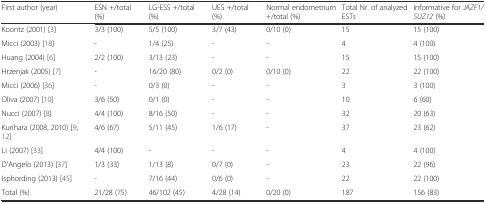
| First author (year) | ESN +/total (%) | LG-ESS +/total (%) | UES +/total (%) | Normal endometrium +/total (%) | Total Nr. of analyzed ESTs | Informative for JAZF1/SUZ12 (%) |
 | --- | --- | --- | --- | --- | --- | --- |
 | Koontz (2001) [3] | 3/3 (100) | 5/5 (100) | 3/7 (43) | 0/10 (0) | 15 | 15 (100) |
 | Micci (2003) [18] | - | 1/4 (25) | - | - | 4 | 4 (100) |
 | Huang (2004) [6] | 2/2 (100) | 3/13 (23) | - | - | 15 | 15 (100) |
 | Hrzenjak (2005) [7] | - | 16/20 (80) | 0/2 (0) | 0/10 (0) | 22 | 22 (100) |
 | Micci (2006) [36] | - | 0/3 (0) | - | - | 3 | 3 (100) |
 | Oliva (2007) [10] | 3/6 (50) | 0/1 (0) | - | - | 10 | 6 (60) |
 | Nucci (2007) [8] | 4/4 (100) | 8/16 (50) | - | - | 32 | 20 (63) |
 | Kurihara (2008, 2010) [9, 12] | 4/6 (67) | 5/11 (45) | 1/6 (17) | - | 37 | 23 (62) |
 | Li (2007) [33] | 4/4 (100) | - | - | - | 4 | 4 (100) |
 | D'Angelo (2013) [37] | 1/3 (33) | 1/13 (8) | 0/7 (0) | - | 23 | 22 (96) |
 | Isphording (2013) [45] | - | 7/16 (44) | 0/6 (0) | - | 22 | 22 (100) |
 | Total (%) | 21/28 (75) | 46/102 (45) | 4/28 (14) | 0/20 (0) | 187 | 156 (83) |